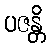
ပဇန္တိ